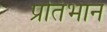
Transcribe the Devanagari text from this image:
प्रतिभान